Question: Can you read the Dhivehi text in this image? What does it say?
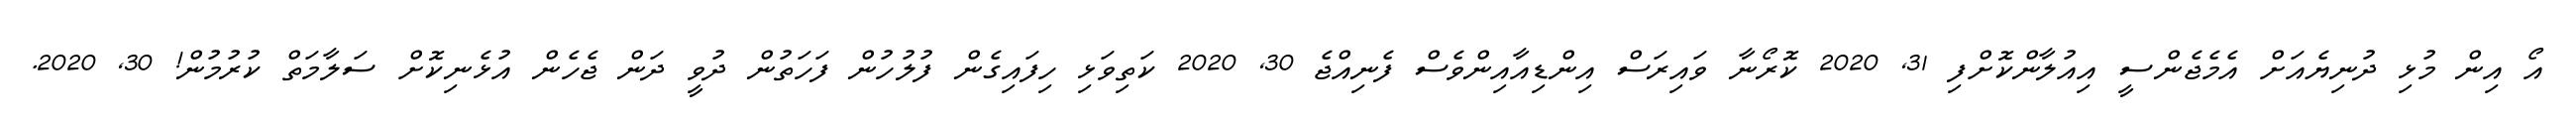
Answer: އޯ އިން މުޅި ދުނިޔެއަށް އެމެޖެންސީ އިއުލާންކޮށްފި 31, 2020 ކޮރޯނާ ވައިރަސް އިންޑިއާއިންވެސް ފެނިއްޖެ 30, 2020 ކަތިވަޅި ހިފައިގެން ފުލުހުން ފަހަތުން ދުވީ ދަން ޖެހެން އުޅެނިކޮށް ސަލާމަތް ކުރުމުން! 30, 2020.